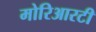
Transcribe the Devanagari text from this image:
मोरिआरटी